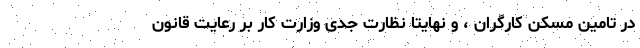
در تامین مسکن کارگران ، و نهایتا نظارت جدی وزارت کار بر رعایت قانون